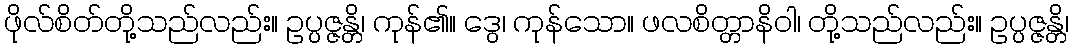
ဖိုလ်စိတ်တို့သည်လည်း။ ဥပ္ပဇ္ဇန္တိ၊ ကုန်၏။ ဒွေ၊ ကုန်သော။ ဖလစိတ္တာနိဝါ၊ တို့သည်လည်း။ ဥပ္ပဇ္ဇန္တိ၊